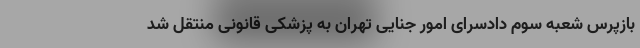
بازپرس شعبه سوم دادسرای امور جنایی تهران به پزشکی قانونی منتقل شد